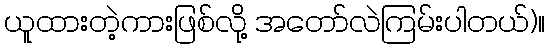
ယူထားတဲ့ကားဖြစ်လို့ အတော်လဲကြမ်းပါတယ်)။